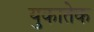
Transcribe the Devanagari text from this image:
युकातेक